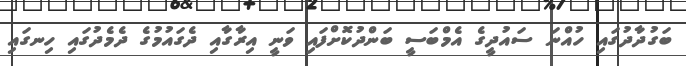
ބަގުދާދުގައި ހުއްނަ ސައުދީގެ އެމްބަސީ ބަންދުކޮށްފައި ވަނީ އިރާގާއި ދެގައުމުގެ ދެމެދުގައި ހިނގައި